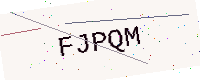
Text: FJPQM